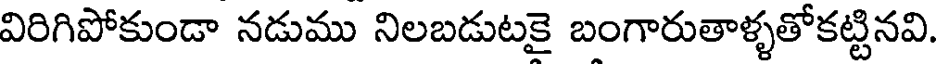
విరిగిపోకుండా నడుము నిలబడుటకై బంగారుతాళ్ళతోకట్టినవి.